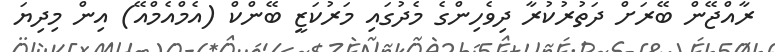
ރާއްޖޭން ބޭރަށް ދަތުރުކުރާ ދިވެހިންގެ މެދުގައި މަރުކަޒީ ބޭންކް (އެމްއެމްއޭ) އިން މިދިޔަ